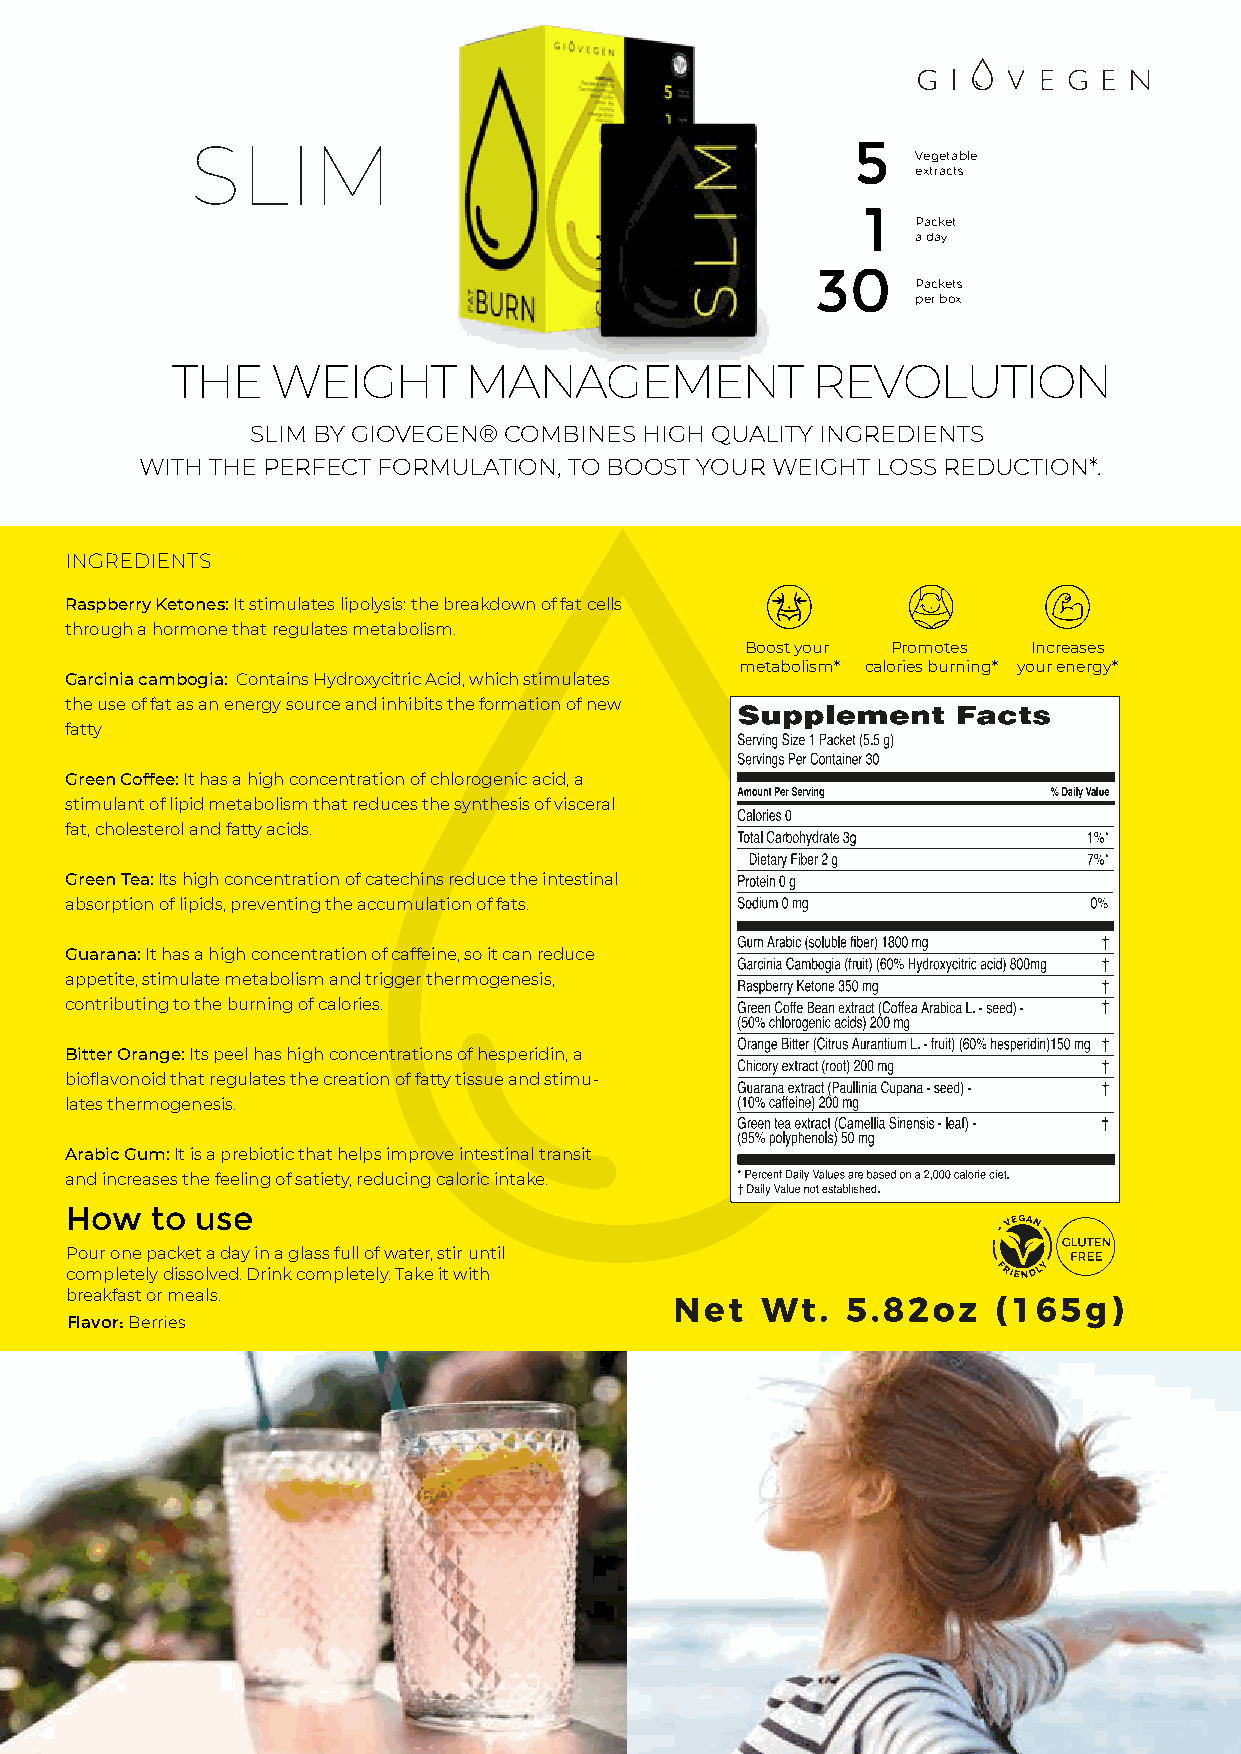
SLIM                                        5
 Vegetable
 extracts
 1
 Packet
 a day
 30
 Packets
 per box
 THE    WEIGHT       MANAGEMENT             REVOLUTION
 SLIM BY GIOVEGEN® COMBINES HIGH QUALITY INGREDIENTS
 WITH THE PERFECT FORMULATION, TO BOOST YOUR WEIGHT LOSS REDUCTION*.
 INGREDIENTS
 Raspberry Ketones: It stimulates lipolysis: the breakdown of fat cells
 through a hormone that regulates metabolism.
 Boost your Promotes Increases
 metabolism* calories burning* your energy*
 Garcinia cambogia: Contains Hydroxycitric Acid, which stimulates
 the use of fat as an energy source and inhibits the formation of new
 fatty
 Green Coffee: It has a high concentration of chlorogenic acid, a
 stimulant of lipid metabolism that reduces the synthesis of visceral
 fat, cholesterol and fatty acids.
 Green Tea: Its high concentration of catechins reduce the intestinal
 absorption of lipids, preventing the accumulation of fats.
 Guarana: It has a high concentration of caffeine, so it can reduce
 appetite, stimulate metabolism and trigger thermogenesis,
 contributing to the burning of calories.
 Bitter Orange: Its peel has high concentrations of hesperidin, a
 bioflavonoid that regulates the creation of fatty tissue and stimu-
 lates thermogenesis.
 Arabic Gum: It is a prebiotic that helps improve intestinal transit
 and increases the feeling of satiety, reducing caloric intake.
 How   to use
 Pour one packet a day in a glass full of water, stir until
 completely dissolved. Drink completely. Take it with
 breakfast or meals.
 Flavor: Berries